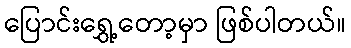
ပြောင်းရွှေ့တော့မှာ ဖြစ်ပါတယ်။